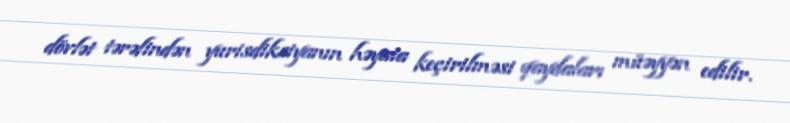
dövlət tərəfindən yurisdiksiyanın həyata keçirilməsi qaydaları müəyyən edilir.